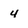
Character: 4